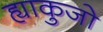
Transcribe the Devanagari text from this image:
ह्याकुजो